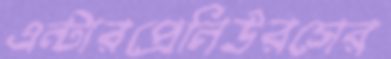
এন্টারপ্রেনিউরসের